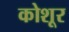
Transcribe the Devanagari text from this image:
कोशूर